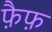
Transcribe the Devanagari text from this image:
फ़ैफ़